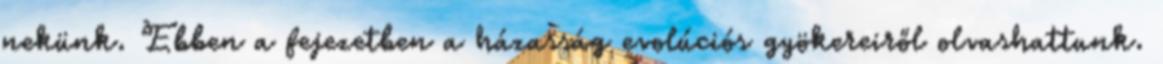
nekünk. Ebben a fejezetben a házasság evolúciós gyökereiről olvashattunk.